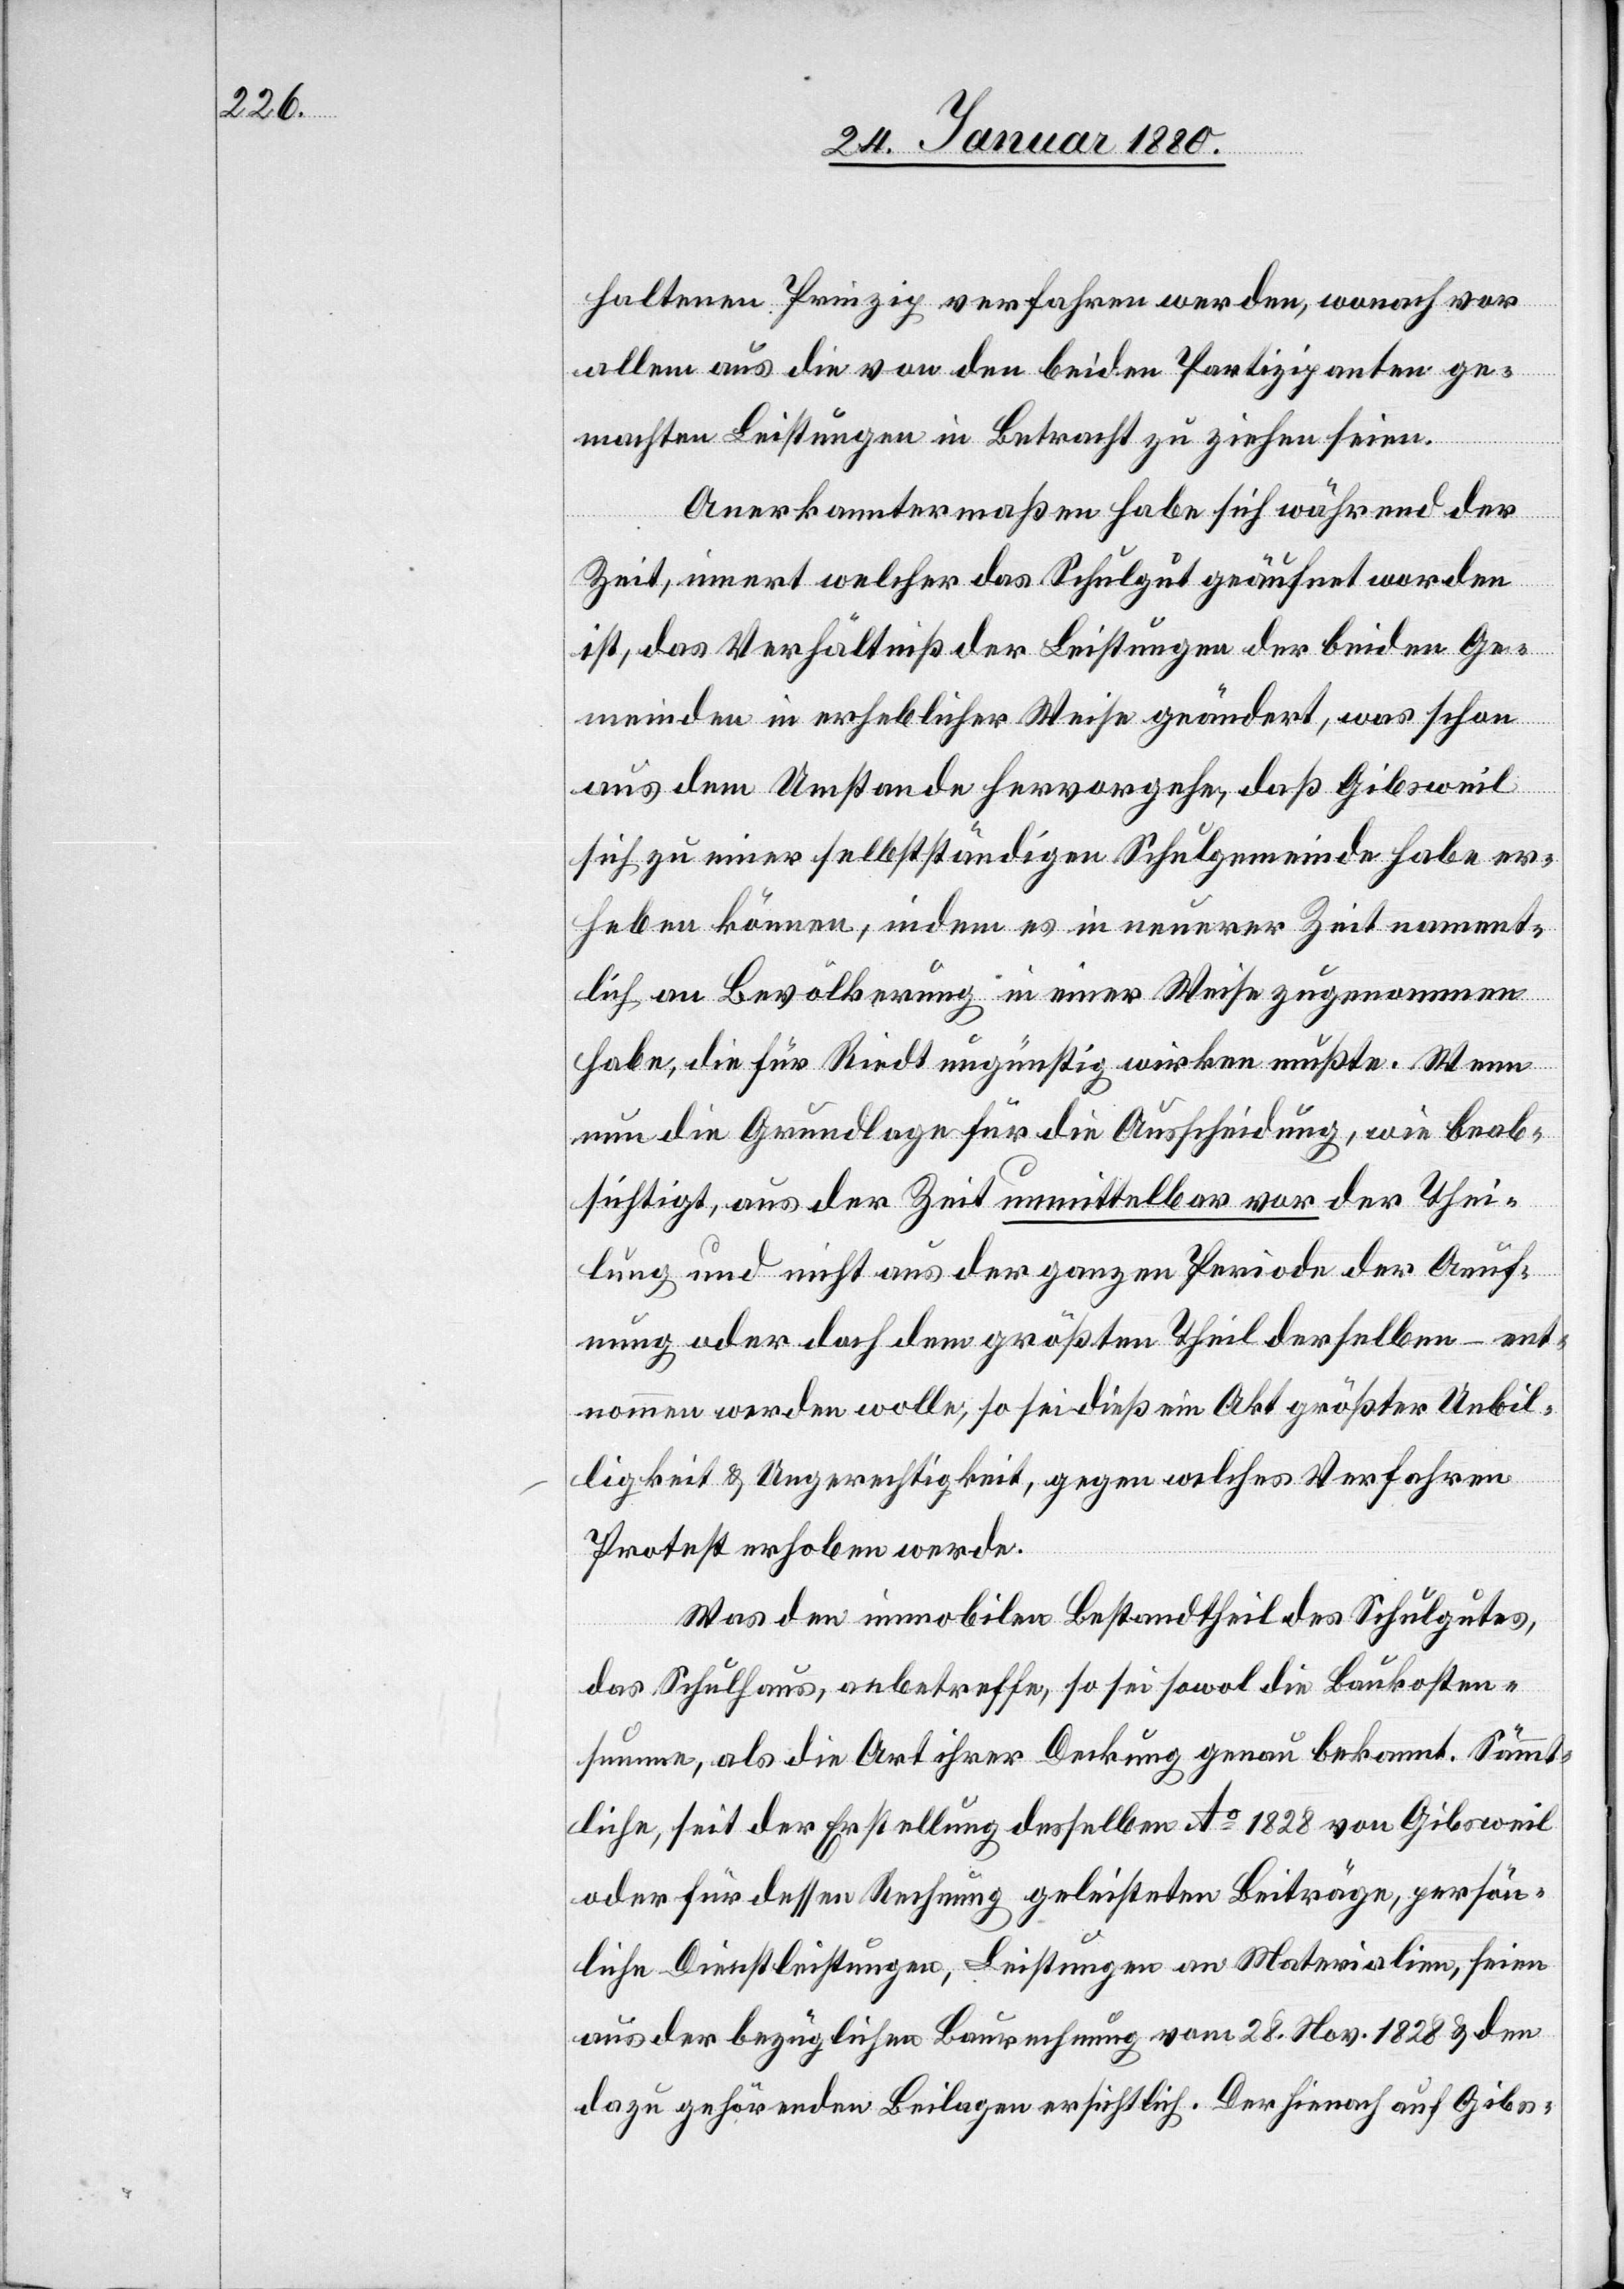
haltenen Prinzip verfahren werden, wonach vor
allem aus die von den beiden Partizipanten ge¬
machten Leistungen in Betracht zu ziehen seien.
Anerkanntermaßen habe sich während der
Zeit, innert welcher das Schulgut geäufnet worden
ist, das Verhältniß der Leistungen der beiden Ge¬
meinden in erheblicher Weise geändert, was schon
aus dem Umstande hervorgehe, daß Gibsweil
sich zu einer selbstständigen Schulgemeinde habe er¬
heben können, indem es in neuerer Zeit nament¬
lich an Bevölkerung in einer Weise zugenommen
habe, die für Riedt ungünstig wirken mußte. Wenn
nun die Grundlage für die Ausscheidung, wie beab¬
sichtigt, aus der Zeit unmittelbar vor der Thei¬
lung und nicht aus der ganzen Periode der Aeuf¬
nung oder doch dem größten Theil derselben – ent¬
nommen werden wolle, so sei dieß ein Akt größter Unbil¬
ligkeit & Ungerechtigkeit, gegen welches Verfahren
Protest erhoben werde.
Was den immobilen Bestandtheil des Schulgutes,
das Schulhaus, anbetreffe, so sei sowol die Baukosten¬
summe, als die Art ihrer Deckung genau bekannt. Sämmt¬
liche, seit der Erstellung desselben Ao 1828 von Gibsweil
oder für dessen Rechnung geleisteten Beiträge, persön¬
liche Dienstleistungen, Leistungen an Materialien, seien
aus der bezüglichen Baurechnung vom 28. Nov. 1828 & den
dazu gehörenden Beilagen ersichtlich. Der hienach auf Gibs-